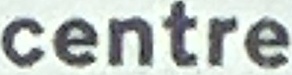
centre